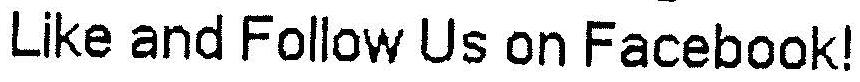
LIKE AND FOLLOW US ON FACEBOOK!